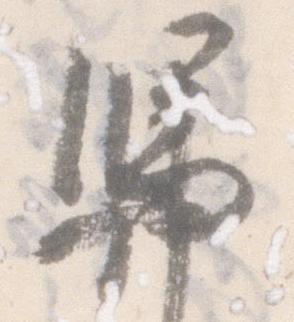
憑